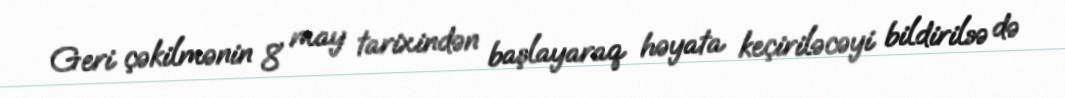
Geri çəkilmənin 8 may tarixindən başlayaraq həyata keçiriləcəyi bildirilsə də